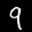
Label: 9